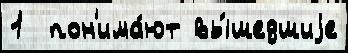
1  пон'има́ют вы́шедшиjе